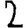
Digit: 2